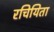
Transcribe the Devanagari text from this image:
रचियिता